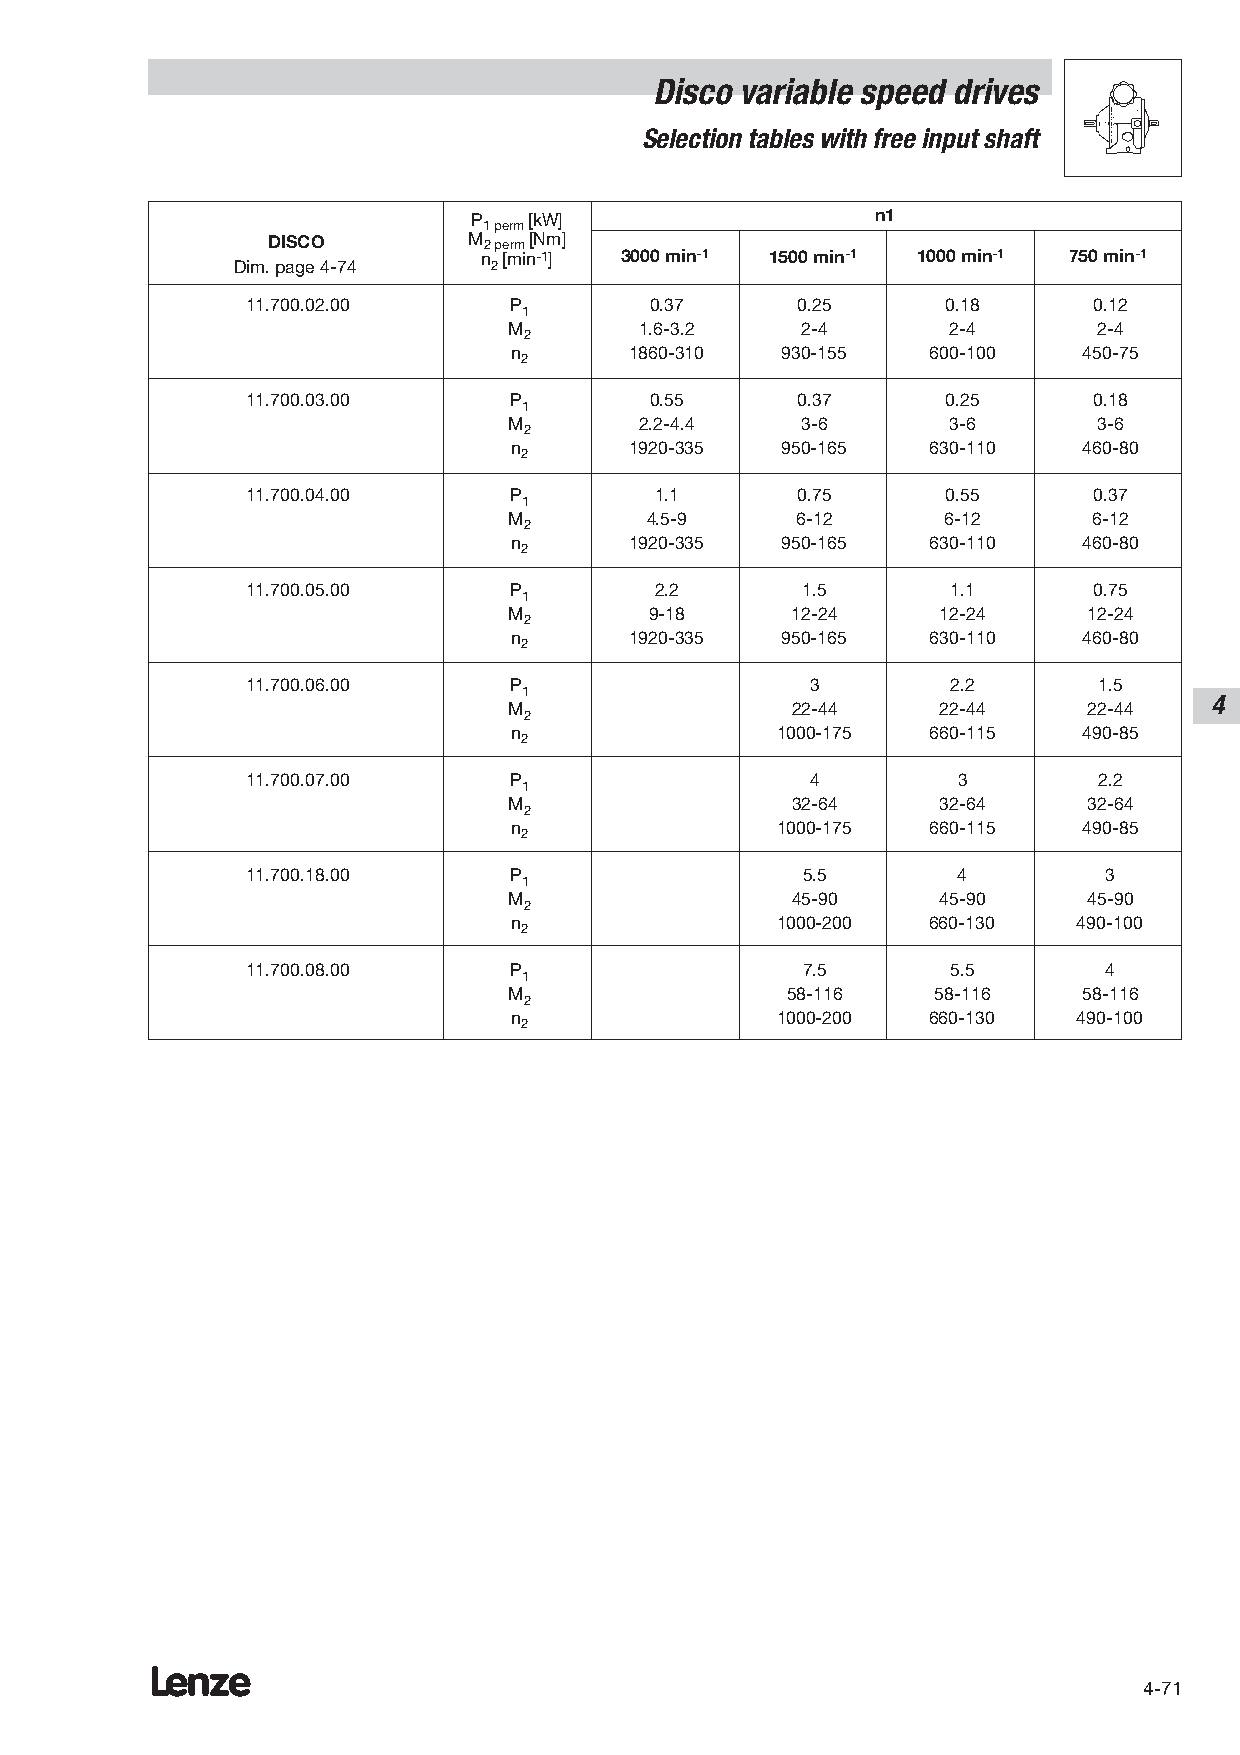
Disco variable speed drives
 Selection tables with free input shaft
 P   [kW]                   n1
 1 perm
 DISCO        M 2 perm [Nm]
 n [min-1] 3000 min-1 1500 min-1 1000 min-1 750 min-1
 Dim. page 4-74   2
 11.700.02.00      P        0.37      0.25      0.18     0.12
 1
 M       1.6-3.2    2-4       2-4       2-4
 2
 n       1860-310  930-155   600-100   450-75
 2
 11.700.03.00      P        0.55      0.37      0.25     0.18
 1
 M       2.2-4.4    3-6       3-6       3-6
 2
 n       1920-335  950-165   630-110   460-80
 2
 11.700.04.00      P        1.1       0.75      0.55     0.37
 1
 M        4.5-9     6-12      6-12     6-12
 2
 n       1920-335  950-165   630-110   460-80
 2
 11.700.05.00      P        2.2       1.5       1.1      0.75
 1
 M        9-18     12-24     12-24     12-24
 2
 n       1920-335  950-165   630-110   460-80
 2
 11.700.06.00      P                   3        2.2       1.5
 1
 4
 M                 22-44     22-44     22-44
 2
 n                1000-175   660-115   490-85
 2
 11.700.07.00      P                   4        3         2.2
 1
 M                 32-64     32-64     32-64
 2
 n                1000-175   660-115   490-85
 2
 11.700.18.00      P                  5.5       4         3
 1
 M                 45-90     45-90     45-90
 2
 n                1000-200   660-130  490-100
 2
 11.700.08.00      P                  7.5       5.5       4
 1
 M                 58-116    58-116    58-116
 2
 n                1000-200   660-130  490-100
 2
 Lenze
 4-71